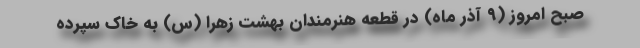
صبح امروز (۹ آذر ماه) در قطعه هنرمندان بهشت زهرا (س) به خاک سپرده